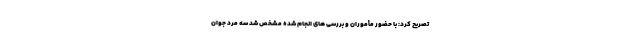
تصریح کرد: با حضور مأموران و بررسی های انجام شده مشخص شد سه مرد جوان